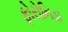
ફોરોનિડા